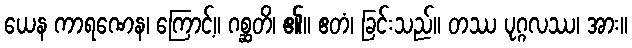
ယေန ကာရဏေန၊ ကြောင့်။ ဂစ္ဆတိ၊ ၏။ ဧတံ၊ ခြင်းသည်။ တဿ ပုဂ္ဂလဿ၊ အား။